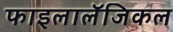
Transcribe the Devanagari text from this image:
फाइलालॅजिकल